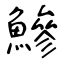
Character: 鰺